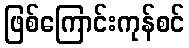
ဖြစ်ကြောင်းကုန်စင်